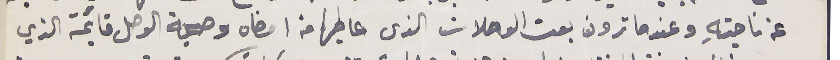
عن ناحيتهِ وعندما ترون بعت الوصلات الذى عاطيها من امضاه وصحبة الوصل قايمة الذي